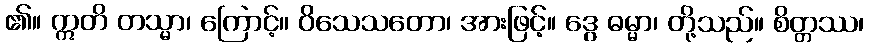
၏။ ဣတိ တသ္မာ၊ ကြောင့်။ ဝိသေသတော၊ အားဖြင့်။ ဒွေ ဓမ္မာ၊ တို့သည်။ စိတ္တဿ၊